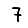
Digit: 7